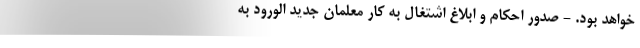
خواهد بود. - صدور احکام و ابلاغ اشتغال به کار معلمان جدید الورود به